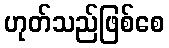
ဟုတ်သည်ဖြစ်စေ